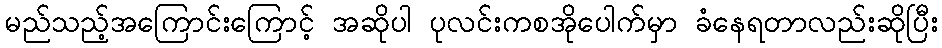
မည်သည့်အကြောင်းကြောင့် အဆိုပါ ပုလင်းကစအိုပေါက်မှာ ခံနေရတာလည်းဆိုပြီး